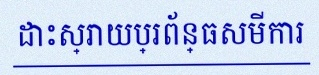
ដោះស្រាយប្រព័ន្ធសមីការ